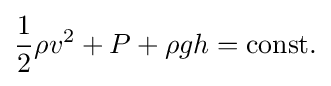
{\frac {1}{2}}\rho v^{2}+P+\rho gh={\text{const.}}